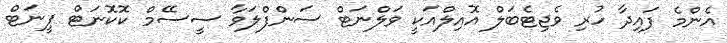
އެންމެ ފައިދާ ހުރި ވެޖިޓެބަލް އޮއިލްއަކީ ވަލްނަޓް ސަންފްލަވާ ސީސޭމް ކޮކޮނަޓް ޕީނަޓް